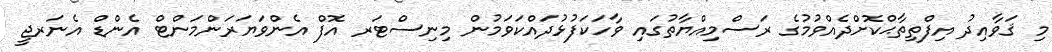
މި ޤަވާއިދު އިފްތިތާޙްކޮށްދެއްވުމުގެ ރަސްމިއްޔާތުގައި ވާހަކަފުޅުދައްކަވަމުން މިނިސްޓަރ އޮފް އެންވަޔަރަންމަންޓް އެންޑް އެނަރޖީ